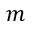
m